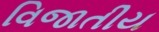
વિજાતીય